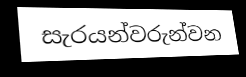
සැරයන්වරුන්වන